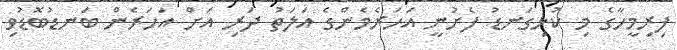
ފިރިމީހާގެ މި ކުޅިގަނޑު ފެށުނީ އަހަރެމެންގެ އަލަތު ދަރި އަށް އަހަރެން ބަނޑުބޮޑުވި